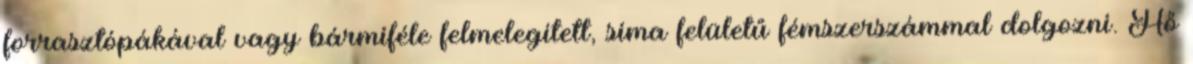
forrasztópákával vagy bármiféle felmelegített, sima felületű fémszerszámmal dolgozni. Hő